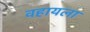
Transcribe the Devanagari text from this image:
वहायला